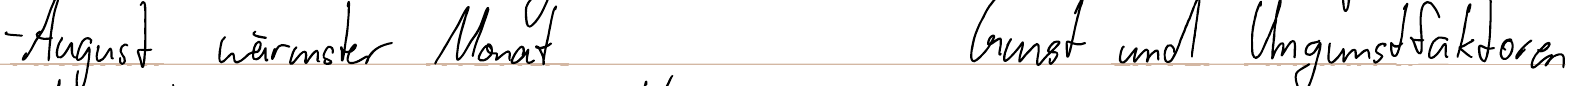
- August wärmster Monat    Gunst und Ungunstfaktoren